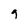
Character: q